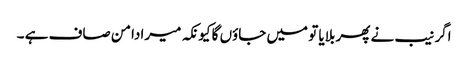
اگر نیب نے پھر بلایا تو میں جاؤں گا کیونکہ میرا دامن صاف ہے ۔